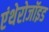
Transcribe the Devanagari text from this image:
एंथेरोजॉइड